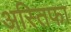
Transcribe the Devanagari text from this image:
अस्तिफा